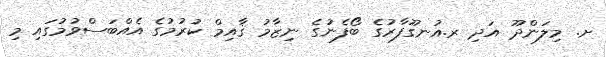
ށ. މިލަންދޫ އަދި ރ.އުނގޫފާރުގެ ބޯފެނުގެ ނިޒާމު ޤާއިމް ކުރުމުގެ އެއްބަސްވުމުގައި މި